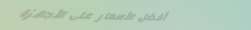
أفضل الأسعار على الأجهزة